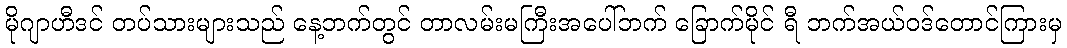
မိုဂျာဟီဒင် တပ်သားများသည် နေ့ဘက်တွင် တာလမ်းမကြီးအပေါ်ဘက် ခြောက်မိုင် ရီ ဘက်အယ်ဝဒ်တောင်ကြားမှ